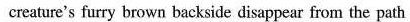
creature's furry brown backside disappear from the path